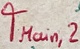
Text: TMain,2